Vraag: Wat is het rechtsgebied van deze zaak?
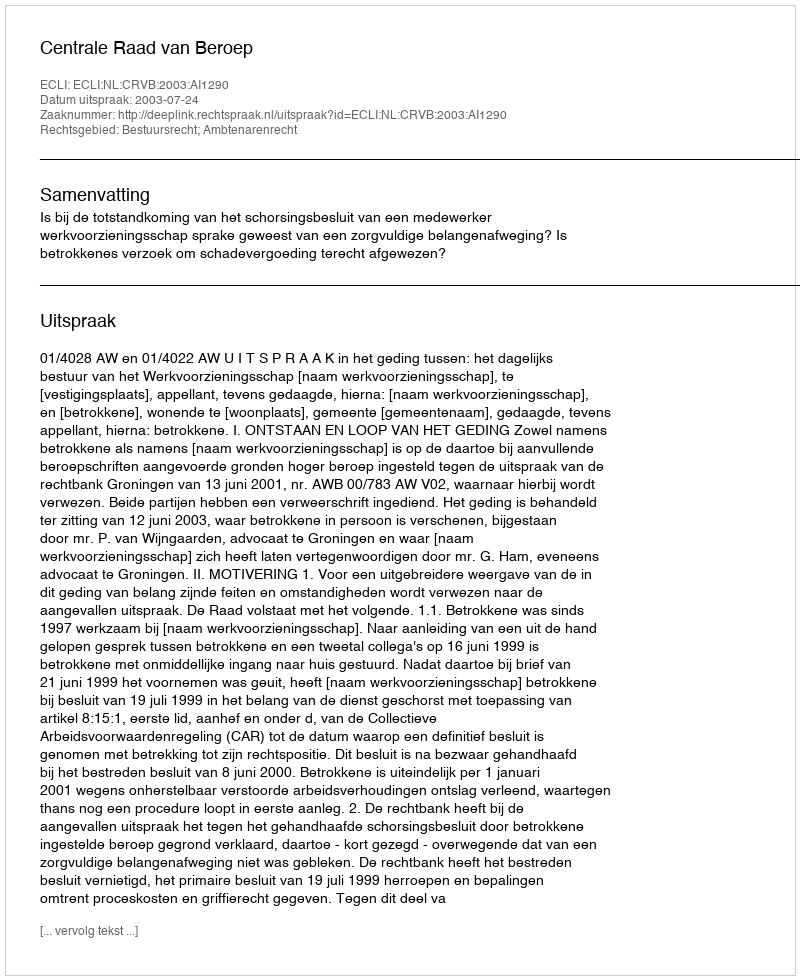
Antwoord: Bestuursrecht; Ambtenarenrecht